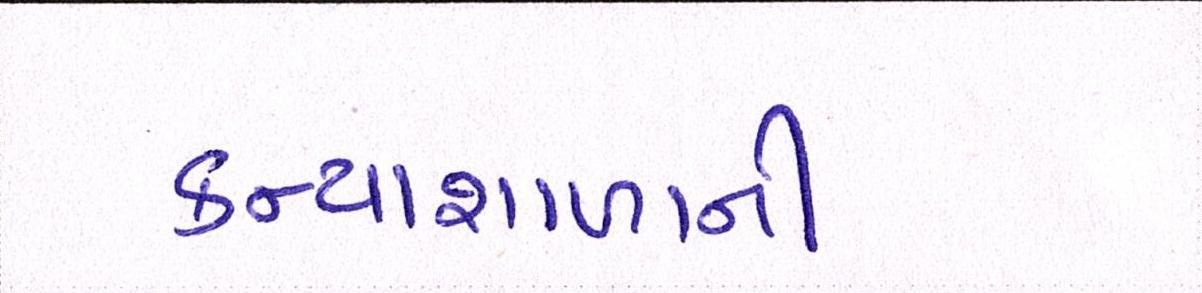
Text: કન્યાશાળાની